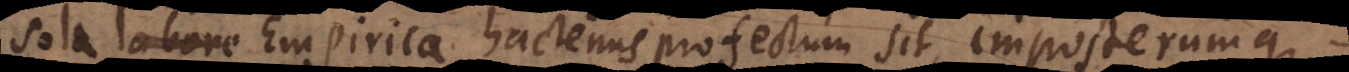
sola methodo Empirica hactenus profectum sit, imposterumqu